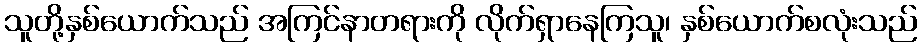
သူတို့နှစ်ယောက်သည် အကြင်နာတရားကို လိုက်ရှာနေကြသူ၊ နှစ်ယောက်စလုံးသည်